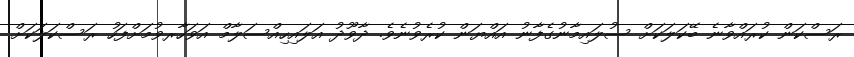
ރަސްކަން ކުރައްވާނެ ބޭކަލަކަށް ސުލައިމާނުގެފާނު އައްޔަން ކުރެވުނެވެ. ދާވޫދު އަލައިހިއްސަލާމް އަވަހާރވުމަށްފަހު ރަސްކަލަކަށް